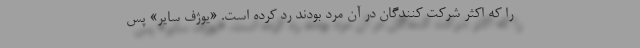
را که اکثر شرکت کنندگان در آن مرد بودند رد کرده است. «یوژف سایر» پس